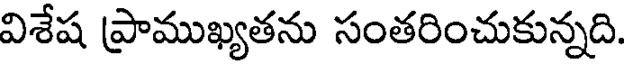
విశేష ప్రాముఖ్యతను సంతరించుకున్నది.